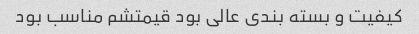
کیفیت و بسته بندی عالی بود قیمتشم مناسب بود